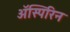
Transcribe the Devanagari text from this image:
अॅस्पिरिन